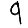
Digit: 9